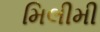
મિલીમી